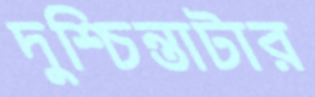
দুশ্চিন্তাটার